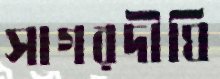
সাগরদীঘি